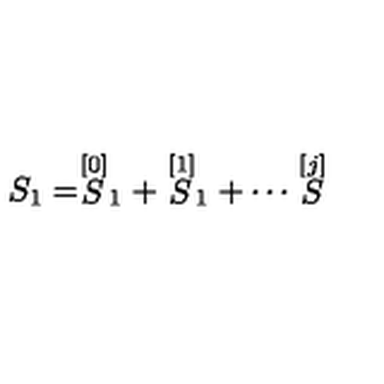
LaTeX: S _ { 1 } = \stackrel { [ 0 ] } { S } _ { 1 } + \stackrel { [ 1 ] } { S } _ { 1 } + \cdots \stackrel { [ j ] } { S }